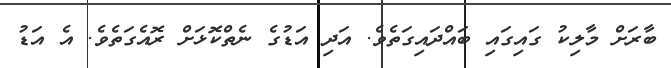
ބާރަށް މާލިކު ގައިގައި ބައްދައިގަތެވެ. އަދި އަޑުގެ ނެތްކޮޅަށް ރޮއެގަތެވެ. އެ އަޑު